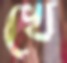
খে